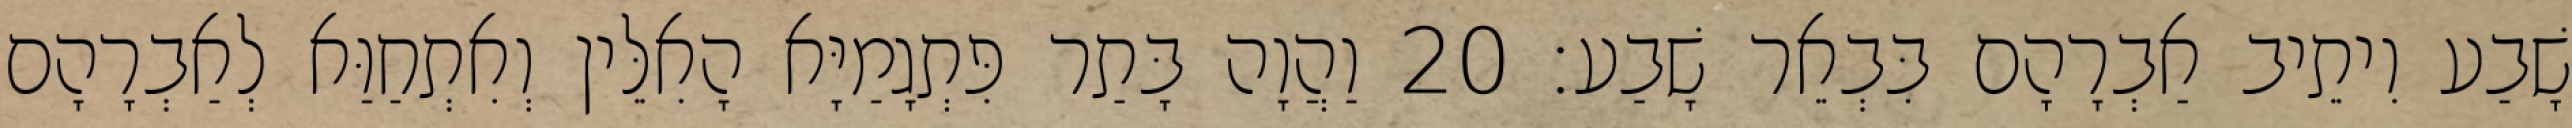
שָׁבַע וִיתֵיב אַבְרָהָם בִּבְאֵר שָׁבַע׃ 20 וַהֲוָה בָּתַר פִּתְגָמַיָּא הָאִלֵּין וְאִתְחַוַּא לְאַבְרָהָם